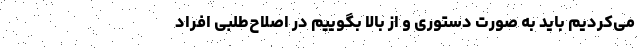
می‌کردیم باید به صورت دستوری و از بالا بگوییم در اصلاح‌طلبی افراد